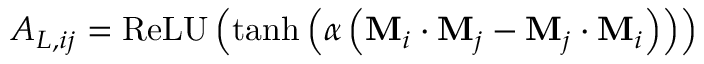
{ A } _ { L , i j } = \operatorname { R e L U } \left( \operatorname { t a n h } \left( \alpha \left( \mathbf { M } _ { i } \cdot \mathbf { M } _ { j } - \mathbf { M } _ { j } \cdot \mathbf { M } _ { i } \right) \right) \right)